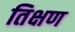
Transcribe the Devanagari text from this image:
तिक्षण